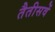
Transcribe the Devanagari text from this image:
तैतीसवें